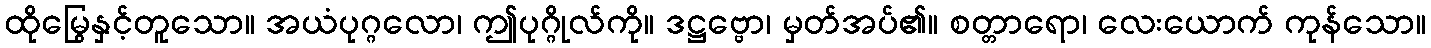
ထိုမြွေနှင့်တူသော။ အယံပုဂ္ဂလော၊ ဤပုဂ္ဂိုလ်ကို။ ဒဋ္ဌဗ္ဗော၊ မှတ်အပ်၏။ စတ္တာရော၊ လေးယောက် ကုန်သော။